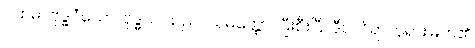
ပထမ။ ဗုဒ္ဓဝံသော၊ ဗုဒ္ဓဝင်သည်။ သမတ္ထော၊ ပြီးစီးပြီ။ ဒီပင်္ကရာဘုရားမြတ်၏